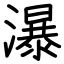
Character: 瀑